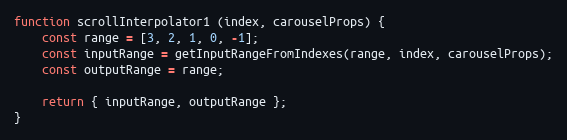
Language: JavaScript
function scrollInterpolator1 (index, carouselProps) {
    const range = [3, 2, 1, 0, -1];
    const inputRange = getInputRangeFromIndexes(range, index, carouselProps);
    const outputRange = range;

    return { inputRange, outputRange };
}